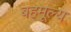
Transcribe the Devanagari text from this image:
बहमूल्य